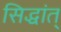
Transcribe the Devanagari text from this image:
सिद्धांत्‌